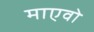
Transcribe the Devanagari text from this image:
माएवो